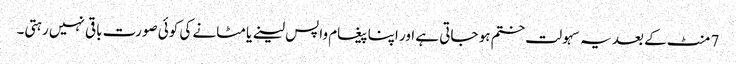
7 منٹ کے بعد یہ سہولت ختم ہو جاتی ہے اور اپنا پیغام واپس لینے یا مٹانے کی کوئی صورت باقی نہیں رہتی۔